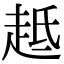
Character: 趆